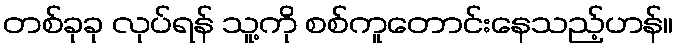
တစ်ခုခု လုပ်ရန် သူ့ကို စစ်ကူတောင်းနေသည့်ဟန်။